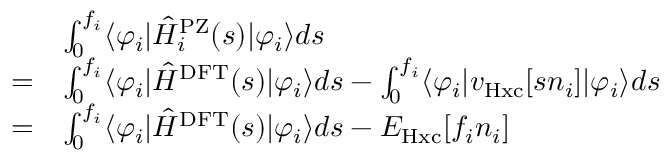
\begin{array} { r l } & { \int _ { 0 } ^ { f _ { i } } \langle \varphi _ { i } | \hat { H } _ { i } ^ { \mathrm { P Z } } ( s ) | \varphi _ { i } \rangle d s } \\ { = } & { \int _ { 0 } ^ { f _ { i } } \langle \varphi _ { i } | \hat { H } ^ { \mathrm { D F T } } ( s ) | \varphi _ { i } \rangle d s - \int _ { 0 } ^ { f _ { i } } \langle \varphi _ { i } | v _ { \mathrm { H x c } } [ s n _ { i } ] | \varphi _ { i } \rangle d s } \\ { = } & { \int _ { 0 } ^ { f _ { i } } \langle \varphi _ { i } | \hat { H } ^ { \mathrm { D F T } } ( s ) | \varphi _ { i } \rangle d s - E _ { \mathrm { H x c } } [ f _ { i } n _ { i } ] } \end{array}